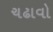
ચઢાવો